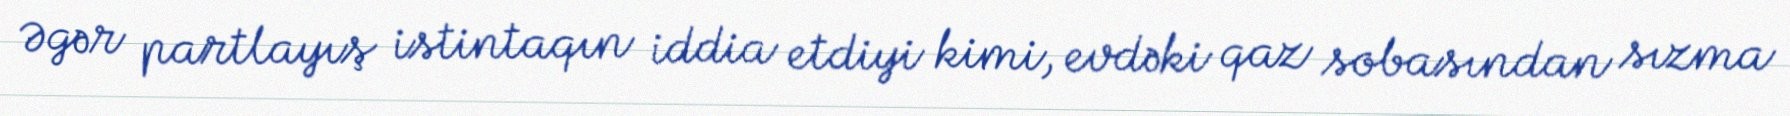
Əgər partlayış istintaqın iddia etdiyi kimi, evdəki qaz sobasından sızma